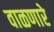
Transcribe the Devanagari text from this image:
वाळणारे